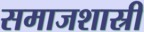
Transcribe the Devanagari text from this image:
समाजशास्री